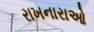
રાખનારાઓ